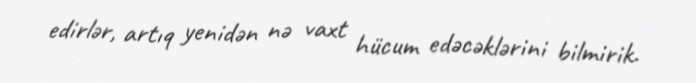
edirlər, artıq yenidən nə vaxt hücum edəcəklərini bilmirik.